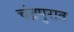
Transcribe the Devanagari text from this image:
चंद्रपुरात